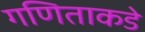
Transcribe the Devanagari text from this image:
गणिताकडे